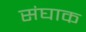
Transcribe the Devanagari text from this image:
संघाक